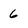
Character: 6